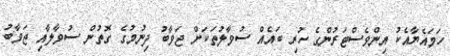
ހަމައެޔާއެކު އިންވެސްޓަރުންގެ ހުރި ބައެއް ސުވާލުތަކަށް ޖަވާބު ދިނުމުގެ ގޮތުން ސުވާލާއި ޖަވާބު